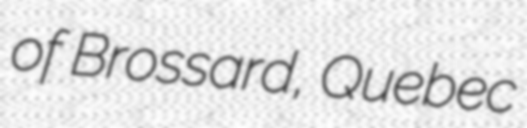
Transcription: of Brossard, Quebec